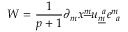
W = { \frac { 1 } { p + 1 } } \partial _ { m } x ^ { \underline { { m } } } u _ { \underline { { m } } } ^ { ~ a } e _ { ~ a } ^ { m }